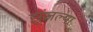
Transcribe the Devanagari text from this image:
झुंजल्या